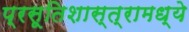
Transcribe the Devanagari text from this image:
प्रसूतिशास्त्रामध्ये